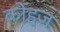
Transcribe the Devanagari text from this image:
कोहज